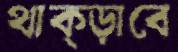
থাক্‌ড়াবে